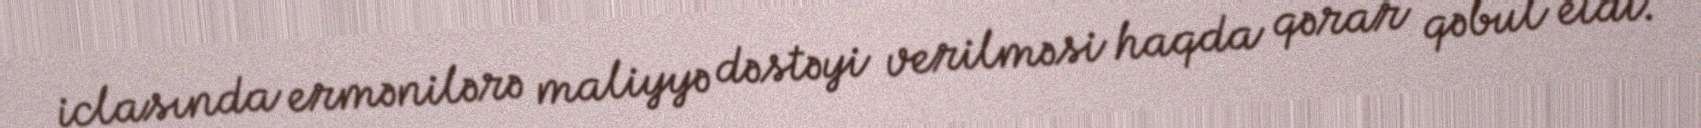
iclasında ermənilərə maliyyə dəstəyi verilməsi haqda qərar qəbul etdi.